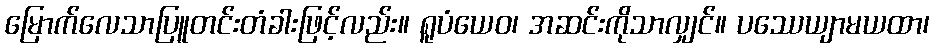
မြောက်လေသာပြူတင်းတံခါးဖြင့်လည်း။ ရူပံယေဝ၊ အဆင်းကိုသာလျှင်။ ပဿေယျာမယထာ၊